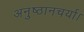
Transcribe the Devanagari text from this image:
अनुष्ठानचर्या।